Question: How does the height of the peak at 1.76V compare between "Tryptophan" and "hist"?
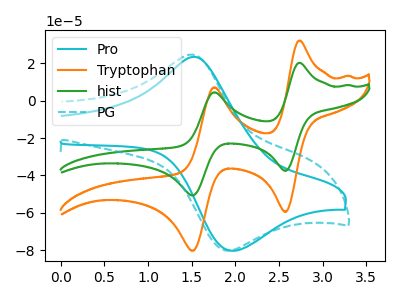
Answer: <think>The cyan curve "Pro" has an anodic peak at (1.55V, 23.25uA) and a cathodic peak at (1.95V, -80.40uA). The orange curve "Tryptophan" has anodic peaks at (2.75V, 32.25uA) (1.75V, 7.25uA) and cathodic peaks at (2.60V, -59.55uA) (1.50V, -80.40uA). The green curve "hist" has anodic peaks at (2.75V, 20.35uA) (1.75V, 4.60uA) and cathodic peaks at (2.60V, -37.55uA) (1.50V, -50.70uA). The cyan dashed curve "PG" has an anodic peak at (1.50V, 24.80uA) and a cathodic peak at (1.90V, -80.15uA).</think>
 <answer>The peak at 1.76V is higher in "Tryptophan" than in "hist".</answer>
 <eval>higher</eval>